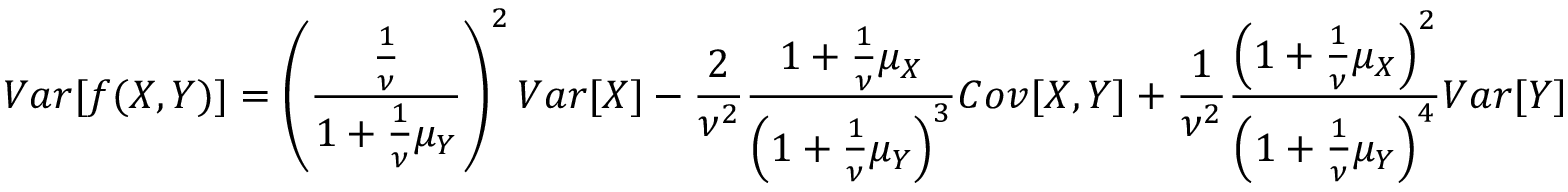
V a r [ f ( X , Y ) ] = \left( \frac { \frac { 1 } { \nu } } { 1 + \frac { 1 } { \nu } \mu _ { Y } } \right) ^ { 2 } V a r [ X ] - \frac { 2 } { \nu ^ { 2 } } \frac { 1 + \frac { 1 } { \nu } \mu _ { X } } { \left( 1 + \frac { 1 } { \nu } \mu _ { Y } \right) ^ { 3 } } C o v [ X , Y ] + \frac { 1 } { \nu ^ { 2 } } \frac { \left( 1 + \frac { 1 } { \nu } \mu _ { X } \right) ^ { 2 } } { \left( 1 + \frac { 1 } { \nu } \mu _ { Y } \right) ^ { 4 } } V a r [ Y ]